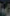
.